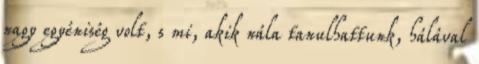
nagy egyéniség volt, s mi, akik nála tanulhattunk, hálával